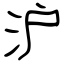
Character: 沪